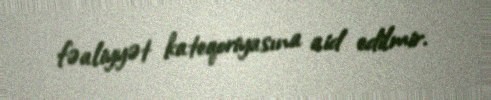
fəaliyyət kateqoriyasına aid edilmir.